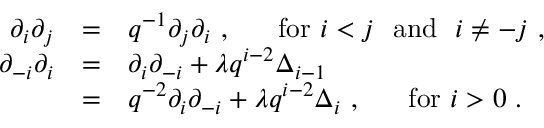
\begin{array} { r c l } { { \partial _ { i } \partial _ { j } } } & { { = } } & { { q ^ { - 1 } \partial _ { j } \partial _ { i } ~ , ~ ~ ~ ~ ~ \mathrm { f o r } ~ i < j ~ ~ \mathrm { a n d } ~ ~ i \not = - j ~ , } } \\ { { \partial _ { - i } \partial _ { i } } } & { { = } } & { { \partial _ { i } \partial _ { - i } + \lambda q ^ { i - 2 } \Delta _ { i - 1 } } } \\ { { } } & { { = } } & { { q ^ { - 2 } \partial _ { i } \partial _ { - i } + \lambda q ^ { i - 2 } \Delta _ { i } ~ , ~ ~ ~ ~ ~ \mathrm { f o r } ~ i > 0 ~ . } } \end{array}